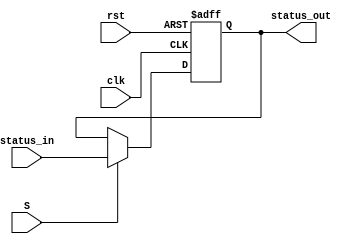
module Status_Register
(
    input            clk,
    input            rst,
    input            S,
    input      [3:0] status_in,

    output reg [3:0] status_out
);

    always @(negedge clk, posedge rst) begin
        if(rst) status_out <= 0;
        else if(S) status_out <= status_in;
        else status_out <= status_out;
    end

endmodule